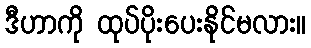
ဒီဟာကို ထုပ်ပိုးပေးနိုင်မလား။